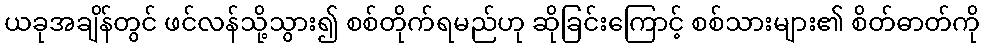
ယခုအချိန်တွင် ဖင်လန်သို့သွား၍ စစ်တိုက်ရမည်ဟု ဆိုခြင်းကြောင့် စစ်သားများ၏ စိတ်ဓာတ်ကို